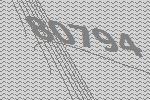
80794